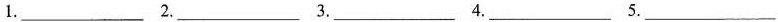
1.___ 2.___ 3.___ 4.___ 5.___